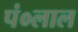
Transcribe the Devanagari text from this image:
पं०लाल